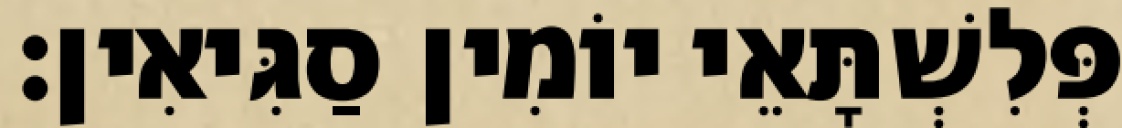
פְּלִשְׁתָּאֵי יוֹמִין סַגִּיאִין׃